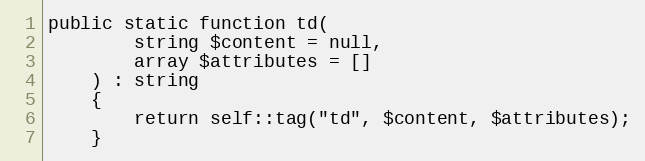
Language: PHP
public static function td(
        string $content = null,
        array $attributes = []
    ) : string
    {
        return self::tag("td", $content, $attributes);
    }